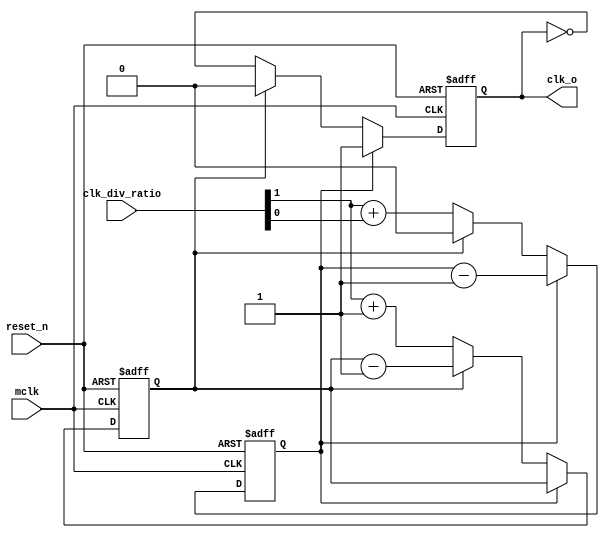
//////////////////////////////////////////////////////////////////////
////                                                              ////
////  Tubo 8051 cores common library Module                       ////
////                                                              ////
////  This file is part of the Turbo 8051 cores project           ////
////  http://www.opencores.org/cores/turbo8051/                   ////
////                                                              ////
////  Description                                                 ////
////  Turbo 8051 definitions.                                     ////
////                                                              ////
////  To Do:                                                      ////
////    nothing                                                   ////
////                                                              ////
////  Author(s):                                                  ////
////      - Dinesh Annayya, dinesha@opencores.org                 ////
////                                                              ////
//////////////////////////////////////////////////////////////////////
////                                                              ////
//// Copyright (C) 2000 Authors and OPENCORES.ORG                 ////
////                                                              ////
//// This source file may be used and distributed without         ////
//// restriction provided that this copyright statement is not    ////
//// removed from the file and that any derivative work contains  ////
//// the original copyright notice and the associated disclaimer. ////
////                                                              ////
//// This source file is free software; you can redistribute it   ////
//// and/or modify it under the terms of the GNU Lesser General   ////
//// Public License as published by the Free Software Foundation; ////
//// either version 2.1 of the License, or (at your option) any   ////
//// later version.                                               ////
////                                                              ////
//// This source is distributed in the hope that it will be       ////
//// useful, but WITHOUT ANY WARRANTY; without even the implied   ////
//// warranty of MERCHANTABILITY or FITNESS FOR A PARTICULAR      ////
//// PURPOSE.  See the GNU Lesser General Public License for more ////
//// details.                                                     ////
////                                                              ////
//// You should have received a copy of the GNU Lesser General    ////
//// Public License along with this source; if not, download it   ////
//// from http://www.opencores.org/lgpl.shtml                     ////
////                                                              ////
//////////////////////////////////////////////////////////////////////

// #################################################################
// Module: clk_ctl
//
// Description:  Generic clock control logic , clk-out = mclk/(2+clk_div_ratio)
//
//  
// #################################################################


module clk_ctl (
   // Outputs
       clk_o,
   // Inputs
       mclk,
       reset_n, 
       clk_div_ratio 
   );

//---------------------------------
// CLOCK Default Divider value.
// This value will be change from outside
//---------------------------------
parameter  WD = 'h1;

//---------------------------------------------
// All the input to this block are declared here
// --------------------------------------------
   input        mclk          ;// 
   input        reset_n       ;// primary reset signal
   input [WD:0] clk_div_ratio ;// primary clock divide ratio
                               // output clock = selected clock / (div_ratio+1)
   
//---------------------------------------------
// All the output to this block are declared here
// --------------------------------------------
   output       clk_o             ; // clock out

               

//------------------------------------
// Clock Divide func is done here
//------------------------------------
reg  [WD-1:0]    high_count       ; // high level counter
reg  [WD-1:0]    low_count        ; // low level counter
reg              mclk_div         ; // divided clock


assign clk_o  = mclk_div;

always @ (posedge mclk or negedge reset_n)
begin // {
   if(reset_n == 1'b0) 
   begin 
      high_count  <= 'h0;
      low_count   <= 'h0;
      mclk_div    <= 'b0;
   end   
   else 
   begin 
      if(high_count != 0)
      begin // {
         high_count    <= high_count - 1;
         mclk_div      <= 1'b1;
      end   // }
      else if(low_count != 0)
      begin // {
         low_count     <= low_count - 1;
         mclk_div      <= 1'b0;
      end   // }
      else
      begin // {
         high_count    <= clk_div_ratio[WD:1] + clk_div_ratio[0];
         low_count     <= clk_div_ratio[WD:1] + 1;
         mclk_div      <= ~mclk_div;
      end   // }
   end   // }
end   // }


endmodule